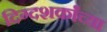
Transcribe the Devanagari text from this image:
दिग्दशर्कांच्या